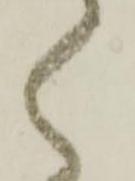
く